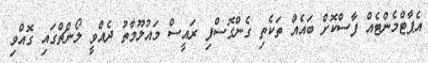
އެޕާޓްމެންޓެއް ފާސްކޮށް ބައެއް ތަކެތި ގެންގޮސްފި ރައީސް މައުލޫމާތު ދެއްވީ ލޯންޗްގައި ގޮއްވި